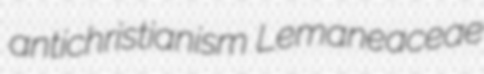
antichristianism Lemaneaceae